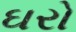
ઘરો